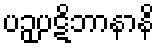
ပဉှပဋိဘာနာနိ